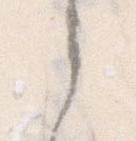
之